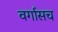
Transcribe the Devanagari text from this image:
वर्गासच